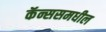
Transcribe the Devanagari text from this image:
कॅन्ससमधील